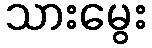
သားမွေး